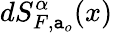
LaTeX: dS_{F,\mathtt{a}_{o}}^{\alpha}(x)